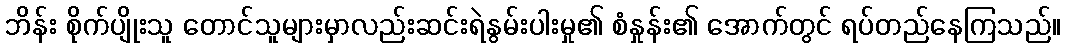
ဘိန်း စိုက်ပျိုးသူ တောင်သူများမှာလည်းဆင်းရဲနွမ်းပါးမှု၏ စံနှုန်း၏ အောက်တွင် ရပ်တည်နေကြသည်။